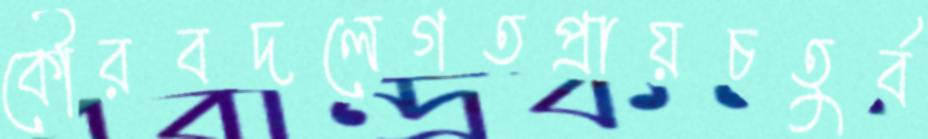
কৌরবদলেগতপ্রায়চতুর্ব